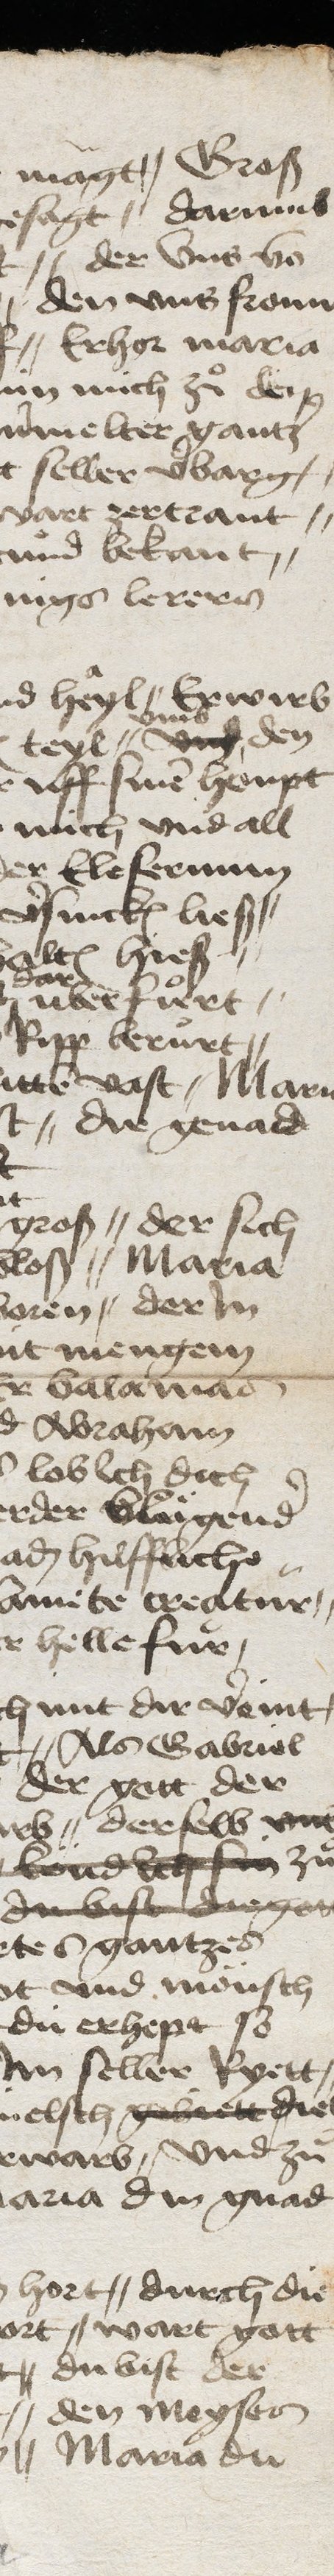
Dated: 1475–1499